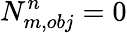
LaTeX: N_{m,obj}^{n}=0